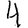
Digit: 4